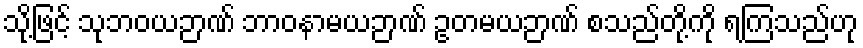
သို့ဖြင့် သုဘဝယဉာဏ် ဘာဝနာမယဉာဏ် ဥတမယဉာဏ် စသည်တို့ကို ရကြသည်ဟု